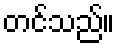
တင်သည်။